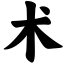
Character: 术